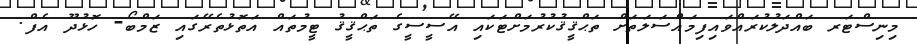
މިނިސްޓަރ ބައްދަލުކުރައްވައިފިމައްސަލަތަށް ތަޙްޤީޤުކުރުމަށްޓަކައި އޭސީސީގެ ތަޙްޤީޤު ޓީމުތައް އަތޮޅުތެރޭގައި ޒަމްބޯ- ހޮޅުދޫ އެފް.